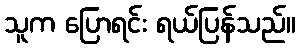
သူက ပြောရင်း ရယ်ပြန်သည်။